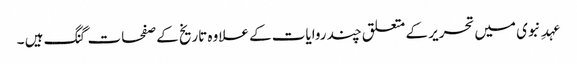
عہدِ نبوی میں تحریر کے متعلق چند روایات کے علاوہ تاریخ کے صفحات گنگ ہیں ۔